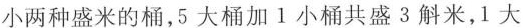
小两种盛米的桶，5大桶加1小桶共盛3斛米，1大